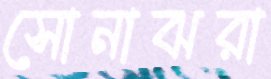
সোনাঝরা